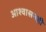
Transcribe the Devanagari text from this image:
आश्वासनही